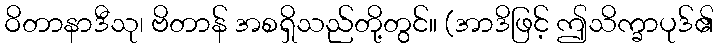
ဝိတာနာဒီသု၊ ဗိတာန် အစရှိသည်တို့တွင်။ (အာဒိဖြင့် ဤသိက္ခာပုဒ်၏